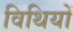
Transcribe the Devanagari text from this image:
विथियों